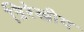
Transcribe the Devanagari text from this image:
त्रिरेखीय